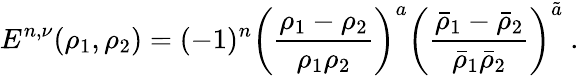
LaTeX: E^{n,\nu}(\rho_{1},\rho_{2})=(-1)^{n}\left(\frac{\rho_{1}-\rho_{2}}{\rho_{1}\rho_{2}}\right)^{a}\left(\frac{\bar{\rho}_{1}-\bar{\rho}_{2}}{\bar{\rho}_{1}\bar{\rho}_{2}}\right)^{\tilde{a}}\ .